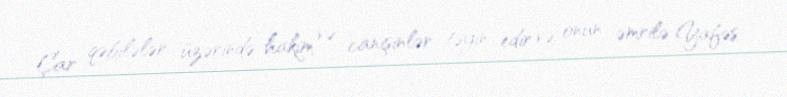
Çar qəbilələr üzərində hakim və canişinlər təyin edir və onun əmrilə Yafəs